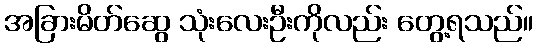
အခြားမိတ်ဆွေ သုံးလေးဦးကိုလည်း တွေ့ရသည်။